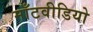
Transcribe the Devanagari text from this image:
माँटवीडियो